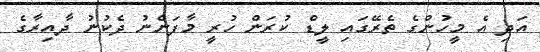
އަދި އެ މީހުންގެ ތެރޭގައި ލީޑް ކުރަން ހުރީ މާފަންނު ދެކުނު ދާއިރާގެ